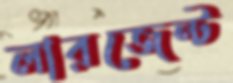
লারজেন্ট